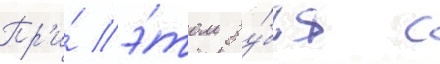
Пр'и́ э́том зу́бья с